Scottish Certificate of Education, 1963
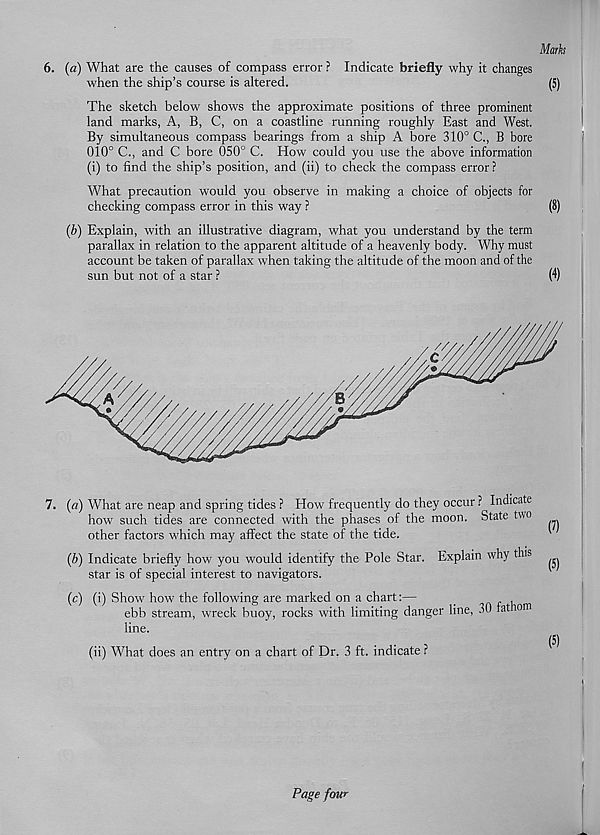
6. (a) What are the causes of compass error ? Indicate briefly why it changes
when the ship’s course is altered.
The sketch below shows the approximate positions of three prominent
land marks, A, B, C, on a coastline running roughly East and West.
By simultaneous compass bearings from a ship A bore 310° C., B bore
010° C., and C bore 050° C. How could you use the above information
(i) to find the ship’s position, and (ii) to check the compass error ?
What precaution would you observe in making a choice of objects for
checking compass error in this way ?
(b) Explain, with an illustrative diagram, what you understand by the term
parallax in relation to the apparent altitude of a heavenly body. Why must
account be taken of parallax when taking the altitude of the moon and of the
sun but not of a star ?
7. (a) What are neap and spring tides ? How frequently do they occur ? Indicate
how such tides are connected with the phases of the moon. State two
other factors which may affect the state of the tide.
(b) Indicate briefly how you would identify the Pole Star. Explain why this
star is of special interest to navigators.
(c) (i) Show how the following are marked on a chart:—
n c ii
ebb stream, wreck buoy, rocks with limiting danger line, 30 fat om
line.
(ii) What does an entry on a chart of Dr. 3 ft. indicate ?